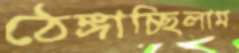
ঠেঙ্গাচ্ছিলাম